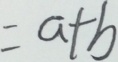
= a + b